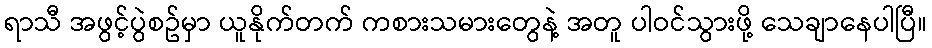
ရာသီ အဖွင့်ပွဲစဥ်မှာ ယူနိုက်တက် ကစားသမားတွေနဲ့ အတူ ပါဝင်သွားဖို့ သေချာနေပါပြီ။